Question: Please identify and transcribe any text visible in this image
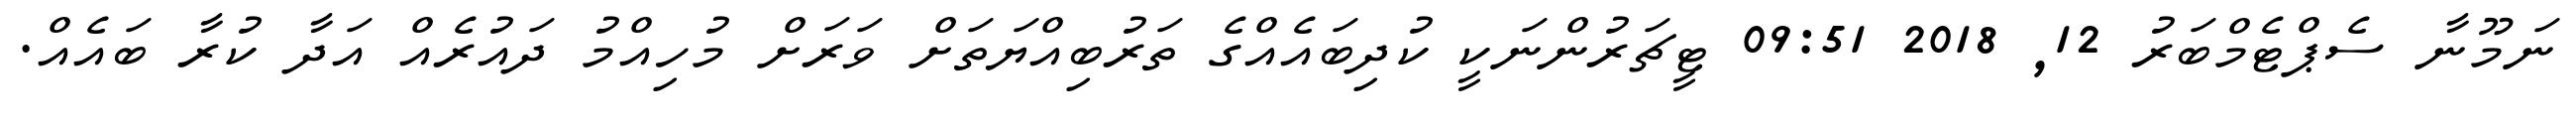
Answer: ނަމޫނާ ސެޕްޓެމްބަރު 12, 2018 09:51 ޓީޗަރުންނަކީ ކުދިބައެއްގެ ތަރުބިއްޔަތަށް ވަރަށް މުހިއްމު ދައުރެއް އަދާ ކުރާ ބައެއް.